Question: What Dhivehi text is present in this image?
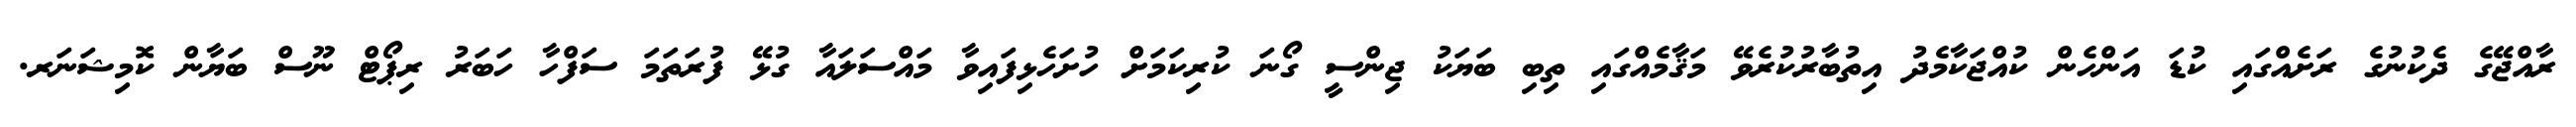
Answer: ރާއްޖޭގެ ދެކުނުގެ ރަށެއްގައި ކުޑަ އަންހެން ކުއްޖަކާމެދު އިތުބާރުކުރެވޭ މަޤާމެއްގައި ތިބި ބަޔަކު ޖިންސީ ގޯނަ ކުރިކަމަށް ހުށަހެޅިފައިވާ މައްސަލައާ ގުޅޭ ފުރަތަމަ ސަފްހާ ހަބަރު ރިޕޯޓް ނޫސް ބަޔާން ކޮމިޝަނަރ.